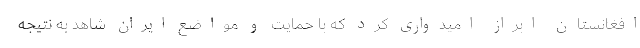
افغانستان ابراز امیدواری کرد که با حمایت و مواضع ایران شاهد به نتیجه